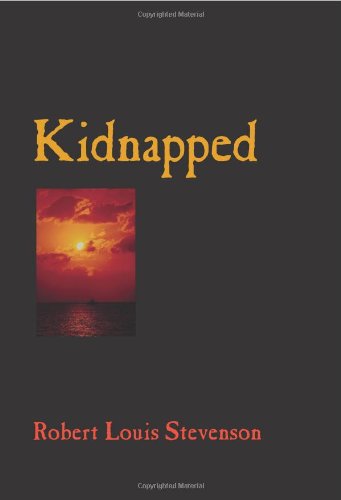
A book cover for Kidnapped; Robert Louis Stevenson; Teen & Young Adult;